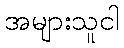
အများသူငါ